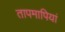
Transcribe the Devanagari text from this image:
तापमापियां